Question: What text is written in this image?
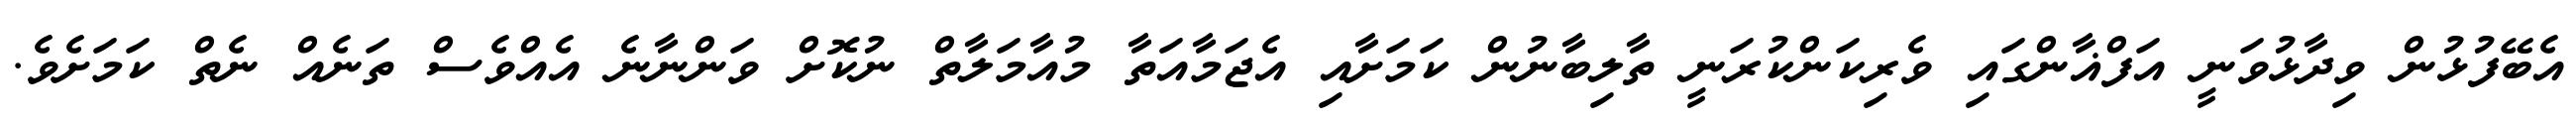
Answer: އެބޭފުޅުން ވިދާޅުވަނީ އަފްޣާންގައި ވެރިކަންކުރަނީ ތާލިބާނުން ކަމަށާއި އެޖަމާއަތާ މުއާމަލާތް ނުކޮށް ވަންނާނެ އެއްވެސް ތަނެއް ނެތް ކަމަށެވެ.